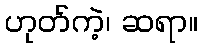
ဟုတ်ကဲ့၊ ဆရာ။